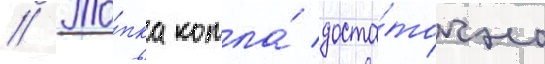
// То́пка котла́ доста́точно